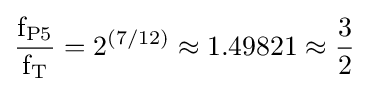
{{\text{f}}_{\text{P5}} \over {\text{f}}_{\text{T}}}=2^{(7/12)}\approx 1.49821\approx {3 \over 2}